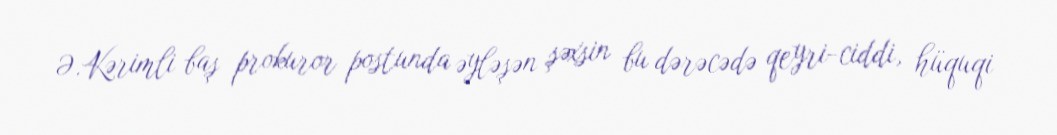
Ə.Kərimli baş prokuror postunda əyləşən şəxsin bu dərəcədə qeyri-ciddi, hüquqi